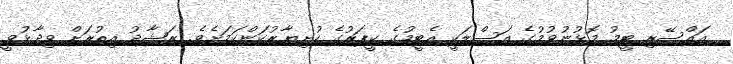
އައްސޭރި ޓީމު މޮޅުނުވުމުގެ އަސްލަކީ އެޓީމުގެ ކީޕަރުގެ ހުށިޔާރުކަންކަމަށެވެ. ރަޝާދު އިތުރަށް ވިދާޅުވީ